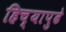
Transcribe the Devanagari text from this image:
हिच्यापुढे